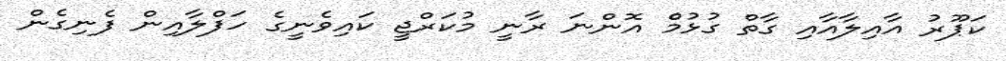
ކަޕޫރު އާއިލާއާއި ގާތް ގުޅުމެް އޮންނަ ރާނީ މުކަރްޖީ ކައިވެނީގެ ހަފްލާއިން ފެނިގެން